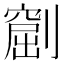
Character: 𠟶